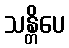
သန္တိပေ